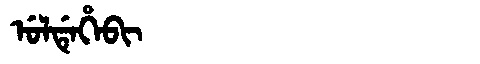
Manchu: ᡠᠯᡩᡝᡥᡝᠪᡳ
Romanization: ULDEHEBI